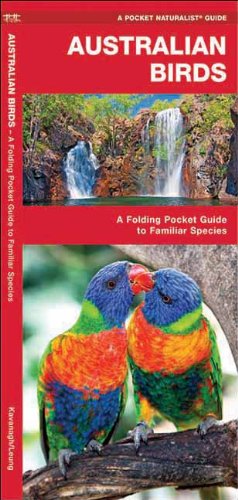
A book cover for Australian Birds: A Folding Pocket Guide to Familiar Species (Pocket Naturalist Guide Series); James Kavanagh; Biographies & Memoirs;